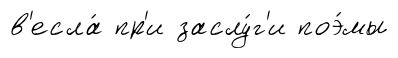
в'есла́ пр'и заслу́г'и поэ́мы